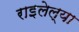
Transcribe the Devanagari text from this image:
राइलेल्या